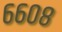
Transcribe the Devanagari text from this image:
६६०८